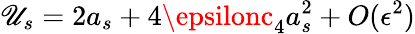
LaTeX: \mathscr{U}_{s}=2a_{s}+4\epsilonc_{4}a_{s}^{2}+O(\epsilon^{2})